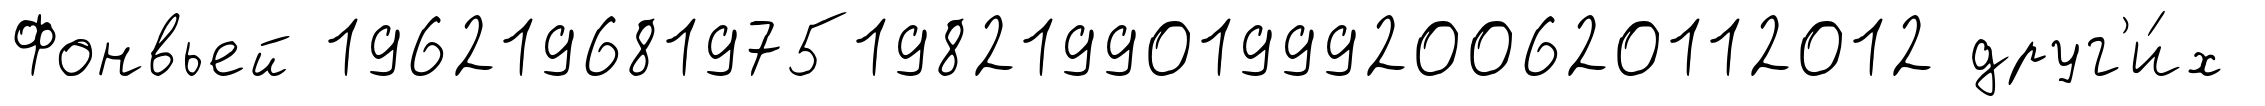
Фонвьей 196219681975198219901999200620112012 друг'и́х